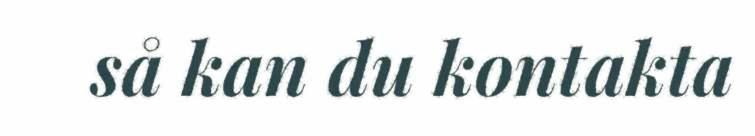
så kan du kontakta